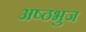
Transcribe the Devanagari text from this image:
अष्ठभुज